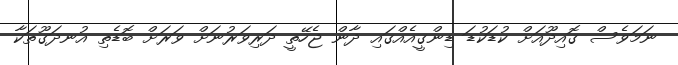
ނަމަވެސް ގޮއިދޫއަށް ކުޑަކުޑަ ޑިންގީއެއްގައި ދާން ޖެހޭތީ ދަރިވަރުނަށް ވަރަށް ބޮޑެތި އުނދަގޫތަކާ